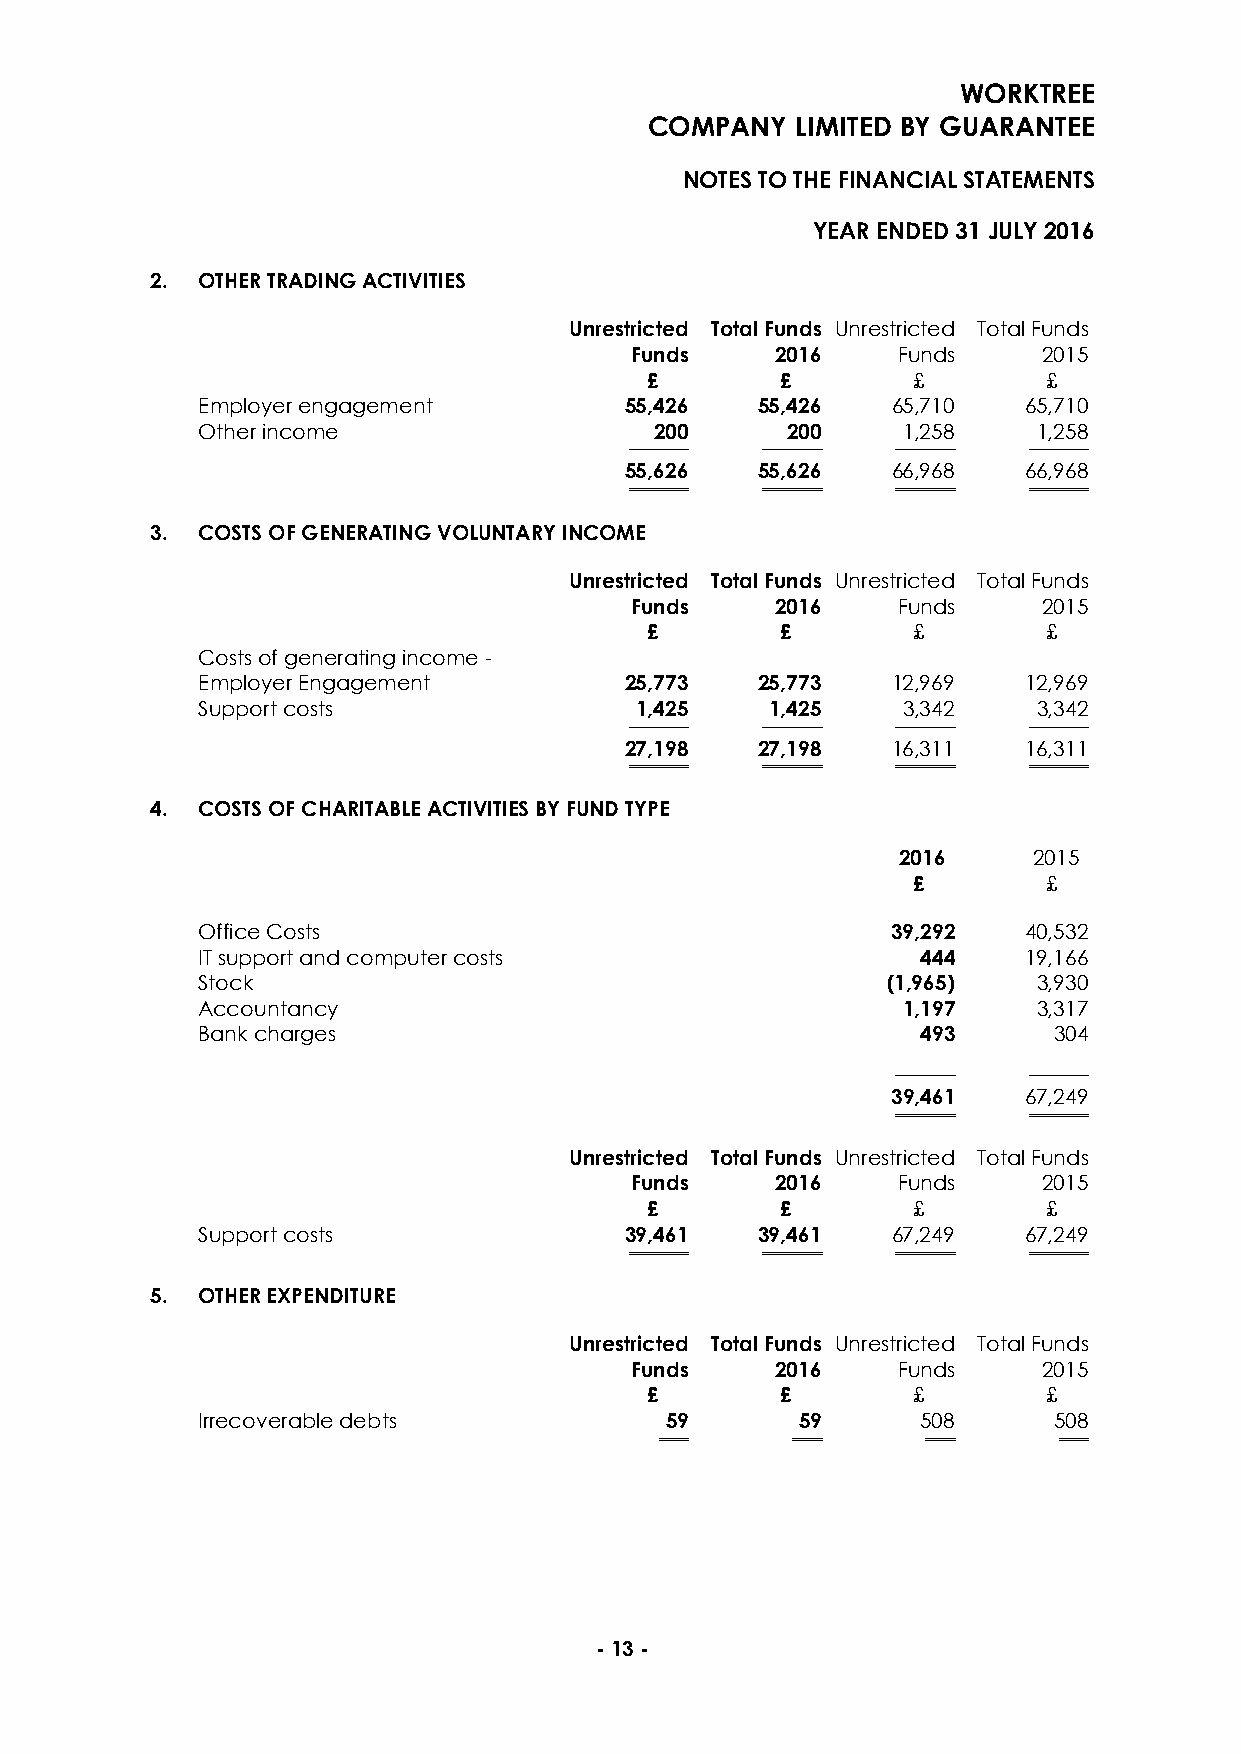
WORKTREE
 COMPANY   LIMITED BY GUARANTEE
 NOTES TO THE FINANCIAL STATEMENTS
 YEAR ENDED 31 JULY 2016
 2. OTHER TRADING ACTIVITIES
 Unrestricted Total Funds Unrestricted Total Funds
 Funds    2016    Funds     2015
 £        £       £        £
 Employer engagement         55,426   55,426   65,710   65,710
 Other income                  200      200     1,258    1,258
 ──────── ──────── ──────── ────────
 55,626   55,626   66,968   66,968
 ════════ ════════ ════════ ════════
 3. COSTS OF GENERATING VOLUNTARY INCOME
 Unrestricted Total Funds Unrestricted Total Funds
 Funds    2016    Funds     2015
 £        £       £        £
 Costs of generating income -
 Employer Engagement         25,773   25,773   12,969   12,969
 Support costs                1,425    1,425    3,342    3,342
 ──────── ──────── ──────── ────────
 27,198   27,198   16,311   16,311
 ════════ ════════ ════════ ════════
 4. COSTS OF CHARITABLE ACTIVITIES BY FUND TYPE
 2016    2015
 £        £
 Office Costs                                  39,292   40,532
 IT support and computer costs                   444    19,166
 Stock                                         (1,965)   3,930
 Accountancy                                    1,197    3,317
 Bank charges                                    493      304
 ──────── ────────
 39,461   67,249
 ════════ ════════
 Unrestricted Total Funds Unrestricted Total Funds
 Funds    2016    Funds     2015
 £        £       £        £
 Support costs               39,461   39,461   67,249   67,249
 ════════ ════════ ════════ ════════
 5. OTHER EXPENDITURE
 Unrestricted Total Funds Unrestricted Total Funds
 Funds    2016    Funds     2015
 £        £       £        £
 Irrecoverable debts            59       59      508      508
 ════    ════     ════     ════
 - 13 -